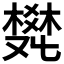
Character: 𤕩